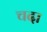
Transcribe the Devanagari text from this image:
चदा